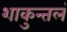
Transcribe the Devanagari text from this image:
शाकुन्तलं